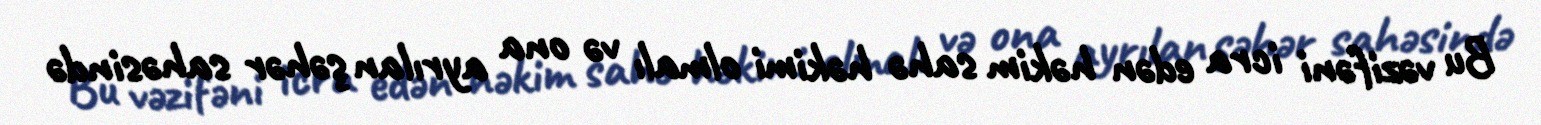
Bu vəzifəni icra edən həkim sahə həkimi olmalı və ona ayrılan şəhər sahəsində